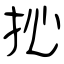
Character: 抋